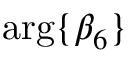
\mathrm { a r g } \{ \beta _ { 6 } \}